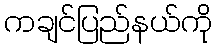
ကချင်ပြည်နယ်ကို